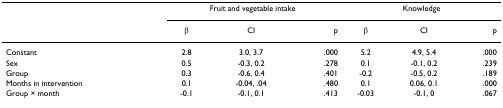
<table><thead><tr><td></td><td colspan="3"><b>Fruit and vegetable intake</b></td><td colspan="3"><b>Knowledge</b></td></tr><tr><td></td><td><b>β</b></td><td><b>CI</b></td><td><b>p</b></td><td><b>β</b></td><td><b>CI</b></td><td><b>p</b></td></tr></thead><tbody><tr><td>Constant</td><td>2.8</td><td>3.0, 3.7</td><td>.000</td><td>5.2</td><td>4.9, 5.4</td><td>.000</td></tr><tr><td>Sex</td><td>0.5</td><td>-0.3, 0.2</td><td>.278</td><td>0.1</td><td>-0.1, 0.2</td><td>.239</td></tr><tr><td>Group</td><td>0.3</td><td>-0.6, 0.4</td><td>.401</td><td>-0.2</td><td>-0.5, 0.2</td><td>.189</td></tr><tr><td>Months in intervention</td><td>0.1</td><td>-0.04, .04</td><td>.480</td><td>0.1</td><td>0.06, 0.1</td><td>.000</td></tr><tr><td>Group × month</td><td>-0.1</td><td>-0.1, 0.1</td><td>.413</td><td>-0.03</td><td>-0.1, 0</td><td>.067</td></tr></tbody></table>